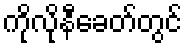
ကိုလိုနီခေတ်တွင်